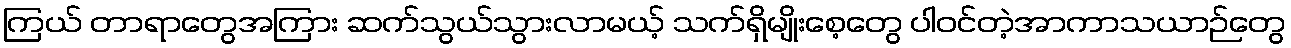
ကြယ် တာရာတွေအကြား ဆက်သွယ်သွားလာမယ့် သက်ရှိမျိုးစေ့တွေ ပါဝင်တဲ့အာကာသယာဉ်တွေ